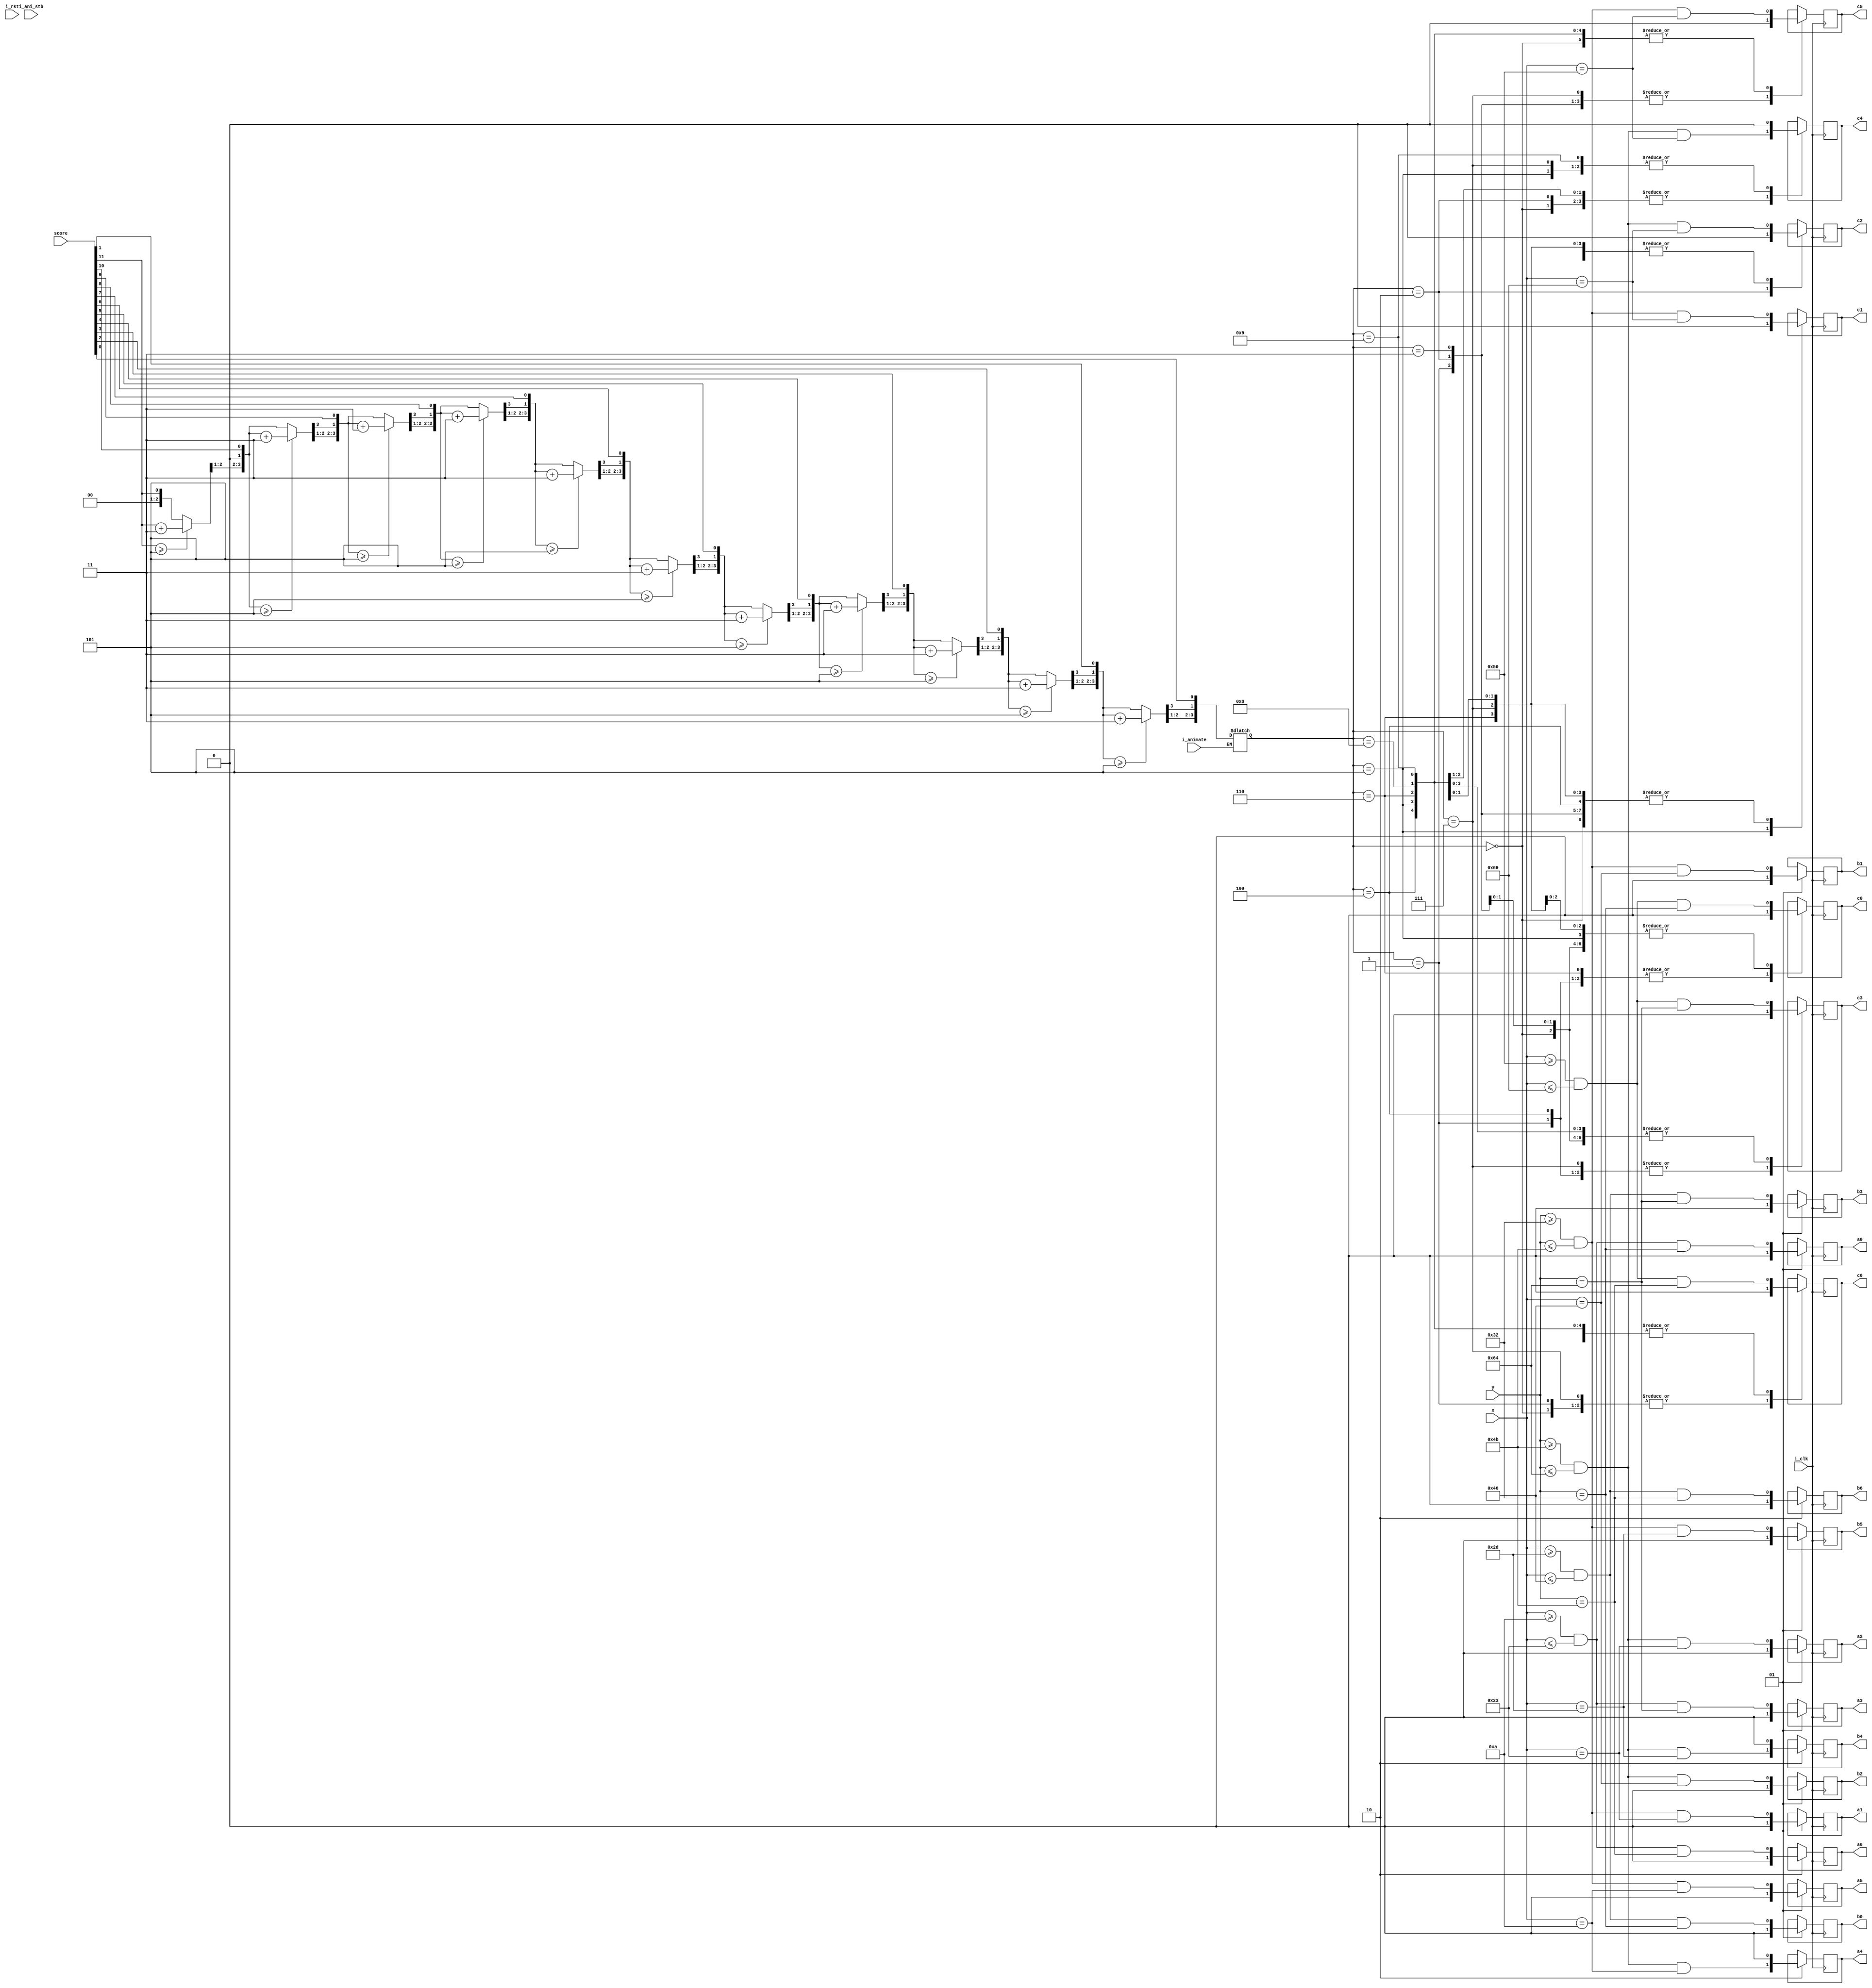
module score (input wire i_clk,         // base clock
						input wire i_ani_stb,     // animation clock: pixel clock is 1 pix/frame
						input wire i_rst,         // reset: returns animation to starting position
						input wire i_animate,     // animate when input is high
						input [9:0] x, y,
						input [11:0] score,
						output reg a0,a1,a2,a3,a4,a5,a6,
						output reg b0,b1,b2,b3,b4,b5,b6,
						output reg c0,c1,c2,c3,c4,c5,c6
						
						 );




reg [3:0] A, B, C ;

initial
begin
A=0;
B=0;
C=0;

end


    

 integer i;
 always @(score)

 begin
 
 if(i_animate)
 begin
  // sets
  A = 4'd0;
  B = 4'd0;
  C = 4'd0;
  
  
  for(i=11 ; i>=0 ; i=i-1)
	begin
		if( A >= 5)
				A = A +3;
		if( B>= 5)
				B = B + 3;
		if( C >= 5)
				C = C +3;
	 
			// shifts
	   A = A << 1;
		A[0] = B[3];
		B = B << 1;
		C[0] = C[3];
		C = C << 1;
		C[0] = score[i] ;
	 end
 end
 end

						 
// Seven segment creation	
always @ (posedge i_clk)
begin
case (A)
0:
begin 
a0=((x>=10)&&(x<=35)&&(y==50));
a1=((y>=50)&&(y<=75)&&(x==35));
a2=((y>=75)&&(y<=100)&&(x==35));
a3=((x>=10)&&(x<=35)&&(y==100));
a4=((y>=75)&&(y<=100)&&(x==10));
a5=((y>=50)&&(y<=75)&&(x==10));
a6=0;
end
1:
begin 
a0=0;
a1=((y>=50)&&(y<=75)&&(x==35));
a2=((y>=75)&&(y<=100)&&(x==35));
a3=0;
a4=0;
a5=0;
a6=0;
end
2:
begin 
a0=((x>=10)&&(x<=35)&&(y==50));
a1=((y>=50)&&(y<=75)&&(x==35));
a2=0;
a3=((x>=10)&&(x<=35)&&(y==100));
a4=((y>=75)&&(y<=100)&&(x==10));
a5=0;
a6=((x>=10)&&(x<=35)&&(y==75));
end
3:
begin 
a0=((x>=10)&&(x<=35)&&(y==50));
a1=((y>=50)&&(y<=75)&&(x==35));
a2=((y>=75)&&(y<=100)&&(x==35));
a3=((x>=10)&&(x<=35)&&(y==100));
a4=0;
a5=0;
a6=((x>=10)&&(x<=35)&&(y==75));
end
4:
begin 
a0=0;
a1=((y>=50)&&(y<=75)&&(x==35));
a2=((y>=75)&&(y<=100)&&(x==35));
a3=0;
a4=0;
a5=((y>=50)&&(y<=75)&&(x==10));
a6=((x>=10)&&(x<=35)&&(y==75));
end
5:
begin 
a0=((x>=10)&&(x<=35)&&(y==50));
a1=0;
a2=((y>=75)&&(y<=100)&&(x==35));
a3=((x>=10)&&(x<=35)&&(y==100));
a4=0;
a5=((y>=50)&&(y<=75)&&(x==10));
a6=((x>=10)&&(x<=35)&&(y==75));
end
6:
begin 
a0=((x>=10)&&(x<=35)&&(y==50));
a1=0;
a2=((y>=75)&&(y<=100)&&(x==35));
a3=((x>=10)&&(x<=35)&&(y==100));
a4=((y>=75)&&(y<=100)&&(x==10));
a5=((y>=50)&&(y<=75)&&(x==10));
a6=((x>=10)&&(x<=35)&&(y==75));
end
7:
begin 
a0=((x>=10)&&(x<=35)&&(y==50));
a1=((y>=50)&&(y<=75)&&(x==35));
a2=((y>=75)&&(y<=100)&&(x==35));
a3=0;
a4=0;
a5=0;
a6=0;
end
8:
begin 
a0=((x>=10)&&(x<=35)&&(y==50));
a1=((y>=50)&&(y<=75)&&(x==35));
a2=((y>=75)&&(y<=100)&&(x==35));
a3=((x>=10)&&(x<=35)&&(y==100));
a4=((y>=75)&&(y<=100)&&(x==10));
a5=((y>=50)&&(y<=75)&&(x==10));
a6=((x>=10)&&(x<=35)&&(y==75));
end
9:
begin 
a0=((x>=10)&&(x<=35)&&(y==50));
a1=((y>=50)&&(y<=75)&&(x==35));
a2=((y>=75)&&(y<=100)&&(x==35));
a3=((x>=10)&&(x<=35)&&(y==100));
a4=0;
a5=((y>=50)&&(y<=75)&&(x==10));
a6=((x>=10)&&(x<=35)&&(y==75));
end
endcase
end


						 
always @ (posedge i_clk)
begin


case (B)
0:
begin 
b0=((x>=45)&&(x<=70)&&(y==50));
b1=((y>=50)&&(y<=75)&&(x==70));
b2=((y>=75)&&(y<=100)&&(x==70));
b3=((x>=45)&&(x<=70)&&(y==100));
b4=((y>=75)&&(y<=100)&&(x==45));
b5=((y>=50)&&(y<=75)&&(x==45));
b6=0;
end
1:
begin 
b0=0;
b1=((y>=50)&&(y<=75)&&(x==70));
b2=((y>=75)&&(y<=100)&&(x==70));
b3=0;
b4=0;
b5=0;
b6=0;
end
2:
begin 
b0=((x>=45)&&(x<=70)&&(y==50));
b1=((y>=50)&&(y<=75)&&(x==70));
b2=0;
b3=((x>=45)&&(x<=70)&&(y==100));
b4=((y>=75)&&(y<=100)&&(x==45));
b5=0;
b6=((x>=45)&&(x<=70)&&(y==75));
end
3:
begin 
b0=((x>=45)&&(x<=70)&&(y==50));
b1=((y>=50)&&(y<=75)&&(x==70));
b2=((y>=75)&&(y<=100)&&(x==70));
b3=((x>=45)&&(x<=70)&&(y==100));
b4=0;
b5=0;
b6=((x>=45)&&(x<=70)&&(y==75));
end
4:
begin 
b0=0;
b1=((y>=50)&&(y<=75)&&(x==70));
b2=((y>=75)&&(y<=100)&&(x==70));
b3=0;
b4=0;
b5=((y>=50)&&(y<=75)&&(x==45));
b6=((x>=45)&&(x<=70)&&(y==75));
end
5:
begin 
b0=((x>=45)&&(x<=70)&&(y==50));
b1=0;
b2=((y>=75)&&(y<=100)&&(x==70));
b3=((x>=45)&&(x<=70)&&(y==100));
b4=0;
b5=((y>=50)&&(y<=75)&&(x==45));
b6=((x>=45)&&(x<=70)&&(y==75));
end
6:
begin 
b0=((x>=45)&&(x<=70)&&(y==50));
b1=0;
b2=((y>=75)&&(y<=100)&&(x==70));
b3=((x>=45)&&(x<=70)&&(y==100));
b4=((y>=75)&&(y<=100)&&(x==45));
b5=((y>=50)&&(y<=75)&&(x==45));
b6=((x>=45)&&(x<=70)&&(y==75));
end
7:
begin 
b0=((x>=45)&&(x<=70)&&(y==50));
b1=((y>=50)&&(y<=75)&&(x==70));
b2=((y>=75)&&(y<=100)&&(x==70));
b3=0;
b4=0;
b5=0;
b6=0;
end
8:
begin 
b0=((x>=45)&&(x<=70)&&(y==50));
b1=((y>=50)&&(y<=75)&&(x==70));
b2=((y>=75)&&(y<=100)&&(x==70));
b3=((x>=45)&&(x<=70)&&(y==100));
b4=((y>=75)&&(y<=100)&&(x==45));
b5=((y>=50)&&(y<=75)&&(x==45));
b6=((x>=45)&&(x<=70)&&(y==75));
end
9:
begin 
b0=((x>=45)&&(x<=70)&&(y==50));
b1=((y>=50)&&(y<=75)&&(x==70));
b2=((y>=75)&&(y<=100)&&(x==70));
b3=((x>=45)&&(x<=70)&&(y==100));
b4=0;
b5=((y>=50)&&(y<=75)&&(x==45));
b6=((x>=45)&&(x<=70)&&(y==75));
end
endcase
end



always @ (posedge i_clk)
begin

case (C)
0:
begin 
c0=((x>=80)&&(x<=105)&&(y==50));
c1=((y>=50)&&(y<=75)&&(x==105));
c2=((y>=75)&&(y<=100)&&(x==105));
c3=((x>=80)&&(x<=105)&&(y==100));
c4=((y>=75)&&(y<=100)&&(x==80));
c5=((y>=50)&&(y<=75)&&(x==80));
c6=0;
end
1:
begin 
c0=0;
c1=((y>=50)&&(y<=75)&&(x==105));
c2=((y>=75)&&(y<=100)&&(x==105));
c3=0;
c4=0;
c5=0;
c6=0;
end
2:
begin 
c0=((x>=80)&&(x<=105)&&(y==50));
c1=((y>=50)&&(y<=75)&&(x==105));
c2=0;
c3=((x>=80)&&(x<=105)&&(y==100));
c4=((y>=75)&&(y<=100)&&(x==80));
c5=0;
c6=((x>=80)&&(x<=105)&&(y==75));
end
3:
begin 
c0=((x>=80)&&(x<=105)&&(y==50));
c1=((y>=50)&&(y<=75)&&(x==105));
c2=((y>=75)&&(y<=100)&&(x==105));
c3=((x>=80)&&(x<=105)&&(y==100));
c4=0;
c5=0;
c6=((x>=80)&&(x<=105)&&(y==75));
end
4:
begin 
c0=0;
c1=((y>=50)&&(y<=75)&&(x==105));
c2=((y>=75)&&(y<=100)&&(x==105));
c3=0;
c4=0;
c5=((y>=50)&&(y<=75)&&(x==80));
c6=((x>=80)&&(x<=105)&&(y==75));
end
5:
begin 
c0=((x>=80)&&(x<=105)&&(y==50));
c1=0;
c2=((y>=75)&&(y<=100)&&(x==105));
c3=((x>=80)&&(x<=105)&&(y==100));
c4=0;
c5=((y>=50)&&(y<=75)&&(x==80));
c6=((x>=80)&&(x<=105)&&(y==75));
end
6:
begin 
c0=0;
c1=((y>=50)&&(y<=75)&&(x==105));
c2=((y>=75)&&(y<=100)&&(x==105));
c3=((x>=80)&&(x<=105)&&(y==100));
c4=((y>=75)&&(y<=100)&&(x==80));
c5=((y>=50)&&(y<=75)&&(x==80));
c6=((x>=80)&&(x<=105)&&(y==75));
end
7:
begin 
c0=((x>=80)&&(x<=105)&&(y==50));
c1=((y>=50)&&(y<=75)&&(x==105));
c2=((y>=75)&&(y<=100)&&(x==105));
c3=0;
c4=0;
c5=0;
c6=0;
end
8:
begin 
c0=((x>=80)&&(x<=105)&&(y==50));
c1=((y>=50)&&(y<=75)&&(x==105));
c2=((y>=75)&&(y<=100)&&(x==105));
c3=((x>=80)&&(x<=105)&&(y==100));
c4=((y>=75)&&(y<=100)&&(x==80));
c5=((y>=50)&&(y<=75)&&(x==80));
c6=((x>=80)&&(x<=105)&&(y==75));
end
9:
begin 
c0=((x>=80)&&(x<=105)&&(y==50));
c1=((y>=50)&&(y<=75)&&(x==105));
c2=((y>=75)&&(y<=100)&&(x==105));
c3=((x>=80)&&(x<=105)&&(y==100));
c4=0;
c5=((y>=50)&&(y<=75)&&(x==80));
c6=((x>=80)&&(x<=105)&&(y==75));
end
endcase
end					 
endmodule